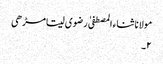
مولانا ثناء المصطفیٰ رضوی سیتامڑھی
۲۔